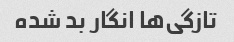
تازگی‌ها انگار بد شده